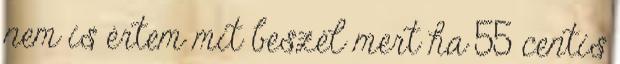
nem is értem mit beszél mert ha 55 centis